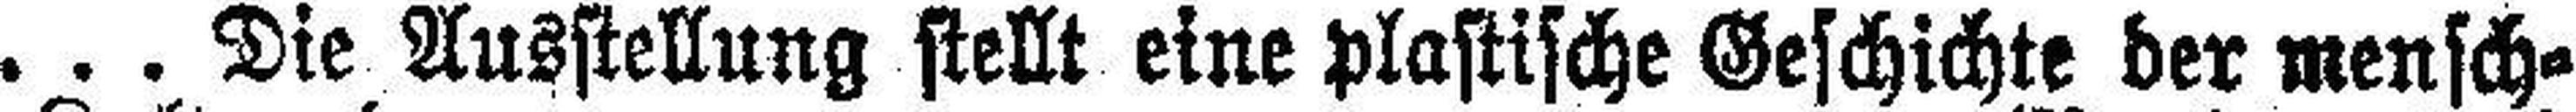
... Die Ausstellung stellt eine plastische Geschichte der mensch¬